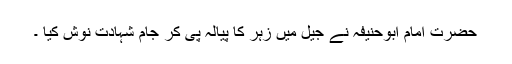
حضرت امام ابوحنیفہؒ نے جیل میں زہر کا پیالہ پی کر جام شہادت نوش کیا ۔